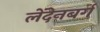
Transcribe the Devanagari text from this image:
लेंदेनबर्ग